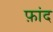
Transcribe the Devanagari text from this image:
फ़ांद